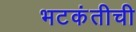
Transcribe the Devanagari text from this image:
भटकंतीची